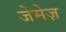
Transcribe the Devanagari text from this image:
जेमेज़